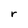
Character: r